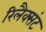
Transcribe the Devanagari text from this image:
रिलैक्संट